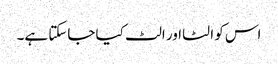
اس کو الٹا اور الٹ کیا جاسکتا ہے۔